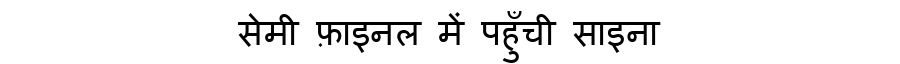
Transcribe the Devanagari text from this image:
सेमी फ़ाइनल में पहुँची साइना